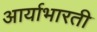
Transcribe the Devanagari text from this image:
आर्याभारती